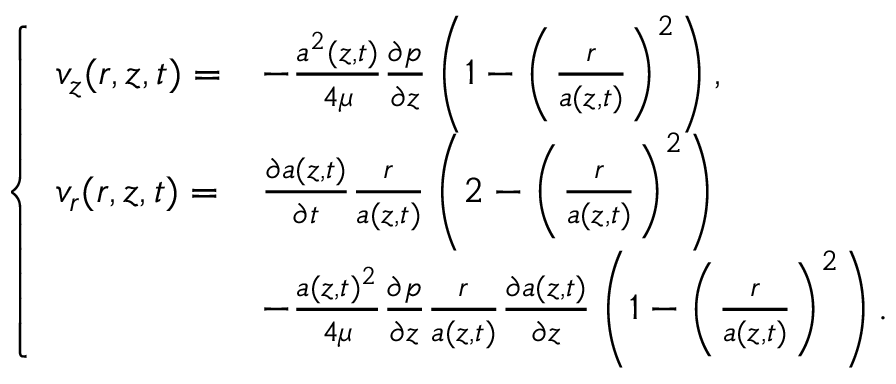
\left\{ \begin{array} { l l } { \displaystyle v _ { z } ( r , z , t ) = } & { - \frac { a ^ { 2 } ( z , t ) } { 4 \mu } \frac { \partial p } { \partial z } \left( 1 - \left( \frac { r } { a ( z , t ) } \right) ^ { 2 } \right) , } \\ { \displaystyle v _ { r } ( r , z , t ) = } & { \frac { \partial a ( z , t ) } { \partial t } \frac { r } { a ( z , t ) } \left( 2 - \left( \frac { r } { a ( z , t ) } \right) ^ { 2 } \right) } \\ & { - \frac { a ( z , t ) ^ { 2 } } { 4 \mu } \frac { \partial p } { \partial z } \frac { r } { a ( z , t ) } \frac { \partial a ( z , t ) } { \partial z } \left( 1 - \left( \frac { r } { a ( z , t ) } \right) ^ { 2 } \right) . } \end{array} \right.